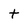
Character: t